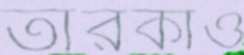
তারকাও